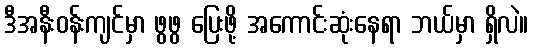
ဒီအနီးဝန်းကျင်မှာ ဖွဖွ ပြေးဖို့ အကောင်းဆုံးနေရာ ဘယ်မှာ ရှိလဲ။